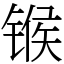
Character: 𬭤